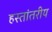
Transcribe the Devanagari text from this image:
हस्‍तांतरीय